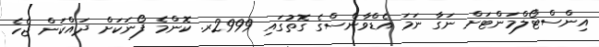
އިންސްޓޯލްމަންޓަށް ނަގާ ނަމަ އެޑްވާންސްގެ ގޮތުގައި 2999ރ. ކޮންމެ ފޯނަކަށް ދައްކަން ޖެހެ